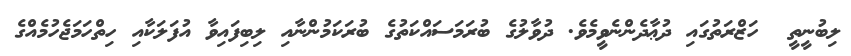
ލިބުނީތީ  ހަޒްރަތުގައި ދުޢާދެންނެވީމެވެ. ދުވާލުގެ ބުރަމަސައްކަތުގެ ބުރަކަމުންނާއި ލިބިފައިވާ އުފަލަކާއި ހިތްހަމަޖެހުމެއްގެ